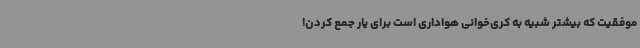
موفقیت که بیشتر شبیه به کری‌خوانی هواداری است برای یار جمع کردن!